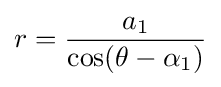
r={\frac {a_{1}}{\cos(\theta -\alpha _{1})}}